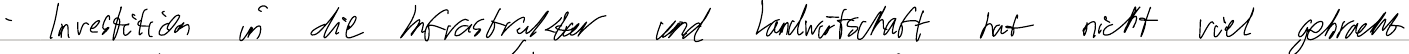
- Investition in die Infrastruktur und Landwirtschaft hat nicht viel gebracht